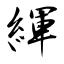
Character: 緷